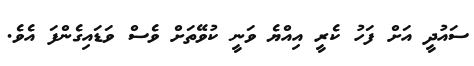
ސައުދީ އަށް ފަހު ކެރީ އިއްޔެ ވަނީ ކުވޭތަށް ވެސް ވަޑައިގެންފަ އެވެ.